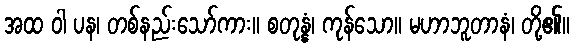
အထ ဝါ ပန၊ တစ်နည်းသော်ကား။ စတုန္နံ၊ ကုန်သော။ မဟာဘူတာနံ၊ တို့၏။